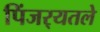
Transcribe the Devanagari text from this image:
पिंजर्‍यतले